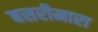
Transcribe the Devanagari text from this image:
बसरीमारा